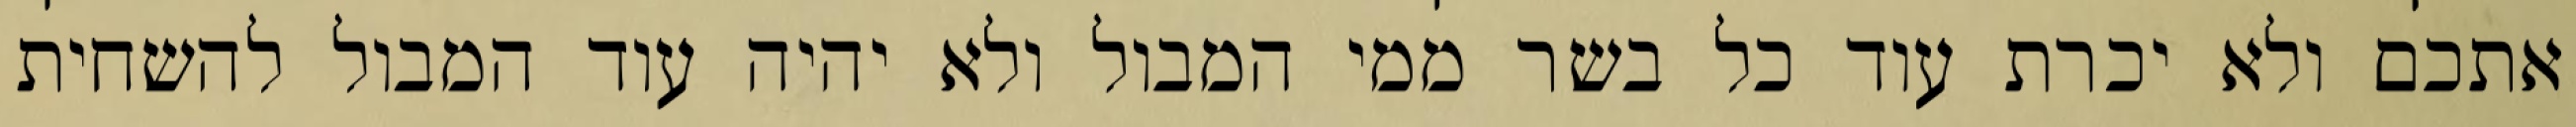
אתכם ולא יכרת עוד כל בשר ממי המבול ולא יהיה עוד המבול להשחית